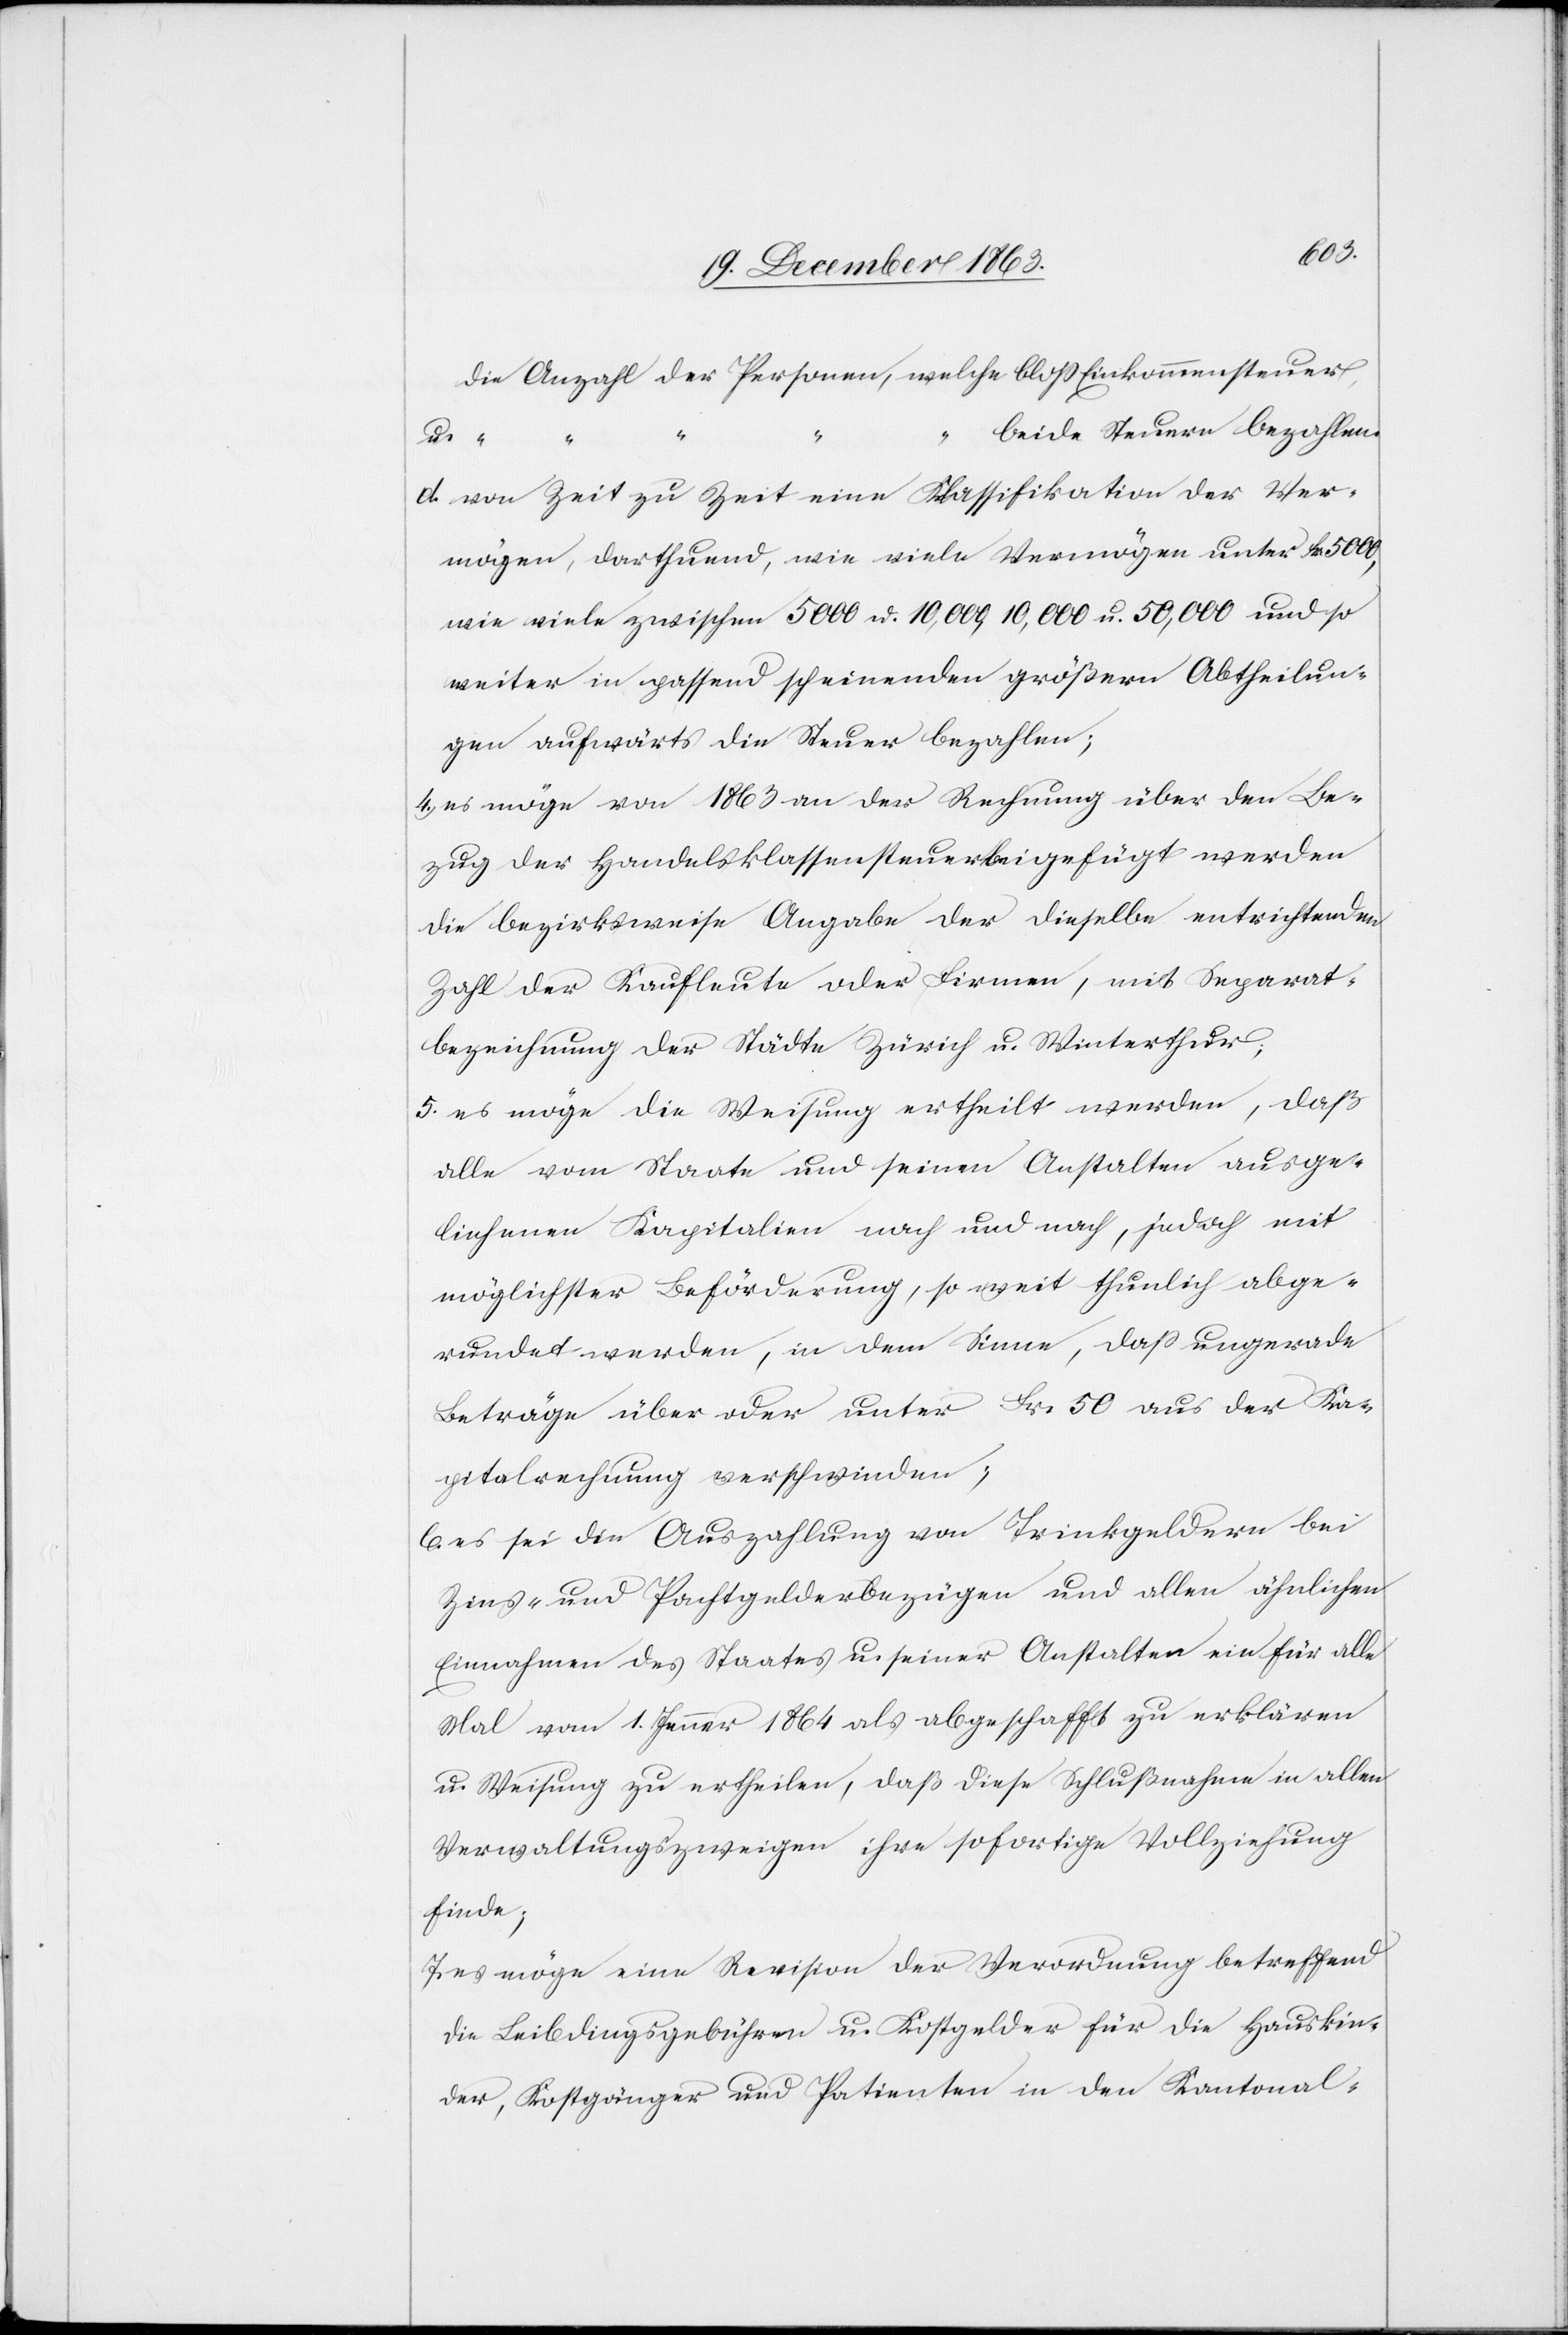
die Anzahl der Personen, welche bloss Einkommenssteuer
beide Steuern bezahlen.
u.
“
d. von Zeit zu Zeit eine Klassifikation der Ver¬
mögen, darthuend, wie viele Vermögen unter Fr. 5000,
wie viele zwischen 5000 u. 10,000 u. 50,000 und so
weiter in passend scheinenden größern Abtheilun¬
gen aufwärts die Steuer bezahlen;
4. es möge von 1863 an der Rechnung über den Be¬
zug der Handelsklassensteuer beigefügt werden
die bezirksweise Angabe der dieselbe entrichtenden
Zahl der Kaufleute oder Firmen, mit Separat¬
bezeichnung der Städte Zürich u. Winterthur;
5. es möge die Weisung ertheilt werden, daß
alle vom Staate und seinen Anstalten ausge¬
liehenen Kapitalien nach und nach, jedoch mit
möglichster Beförderung, so weit thunlich abge¬
rundet werden, in dem Sinne, dass ungerade
Beträge über oder unter Fr. 50 aus der Ka¬
pitalrechnung verschwinden;
6. es sei die Auszahlung von Trinkgeldern bei
Zins- und Pachtgelderbezügen und allen ähnlichen
Einnahmen des Staates u. seiner Anstalten ein für alle
Mal vom 1. Jenner 1864 als abgeschafft zu erklären
u. Weisung zu ertheilen, daß diese Schlußnahme in allen
Verwaltungszweigen ihre sofortige Vollziehung
finde;
7. es möge eine Revision der Verordnung betreffend
die Leibdingsgebühren u. Kostgelder für die Hauskin¬
der, Kostgänger und Patienten in den Kantonal-